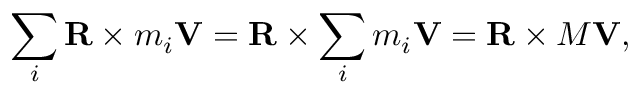
\sum _ { i } \mathbf { R } \times m _ { i } \mathbf { V } = \mathbf { R } \times \sum _ { i } m _ { i } \mathbf { V } = \mathbf { R } \times M \mathbf { V } ,